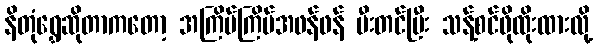
နိတုံရွှေဆိုတာကတော့ အကြိမ်ကြိမ်အဖန်ဖန် မီးတင်ပြီး သန့်စင်ဖိုထိုးထားလို့